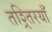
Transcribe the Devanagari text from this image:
तश्र्तिरयाँ